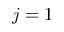
j = 1